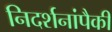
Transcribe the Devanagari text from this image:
निदर्शनांपैकी